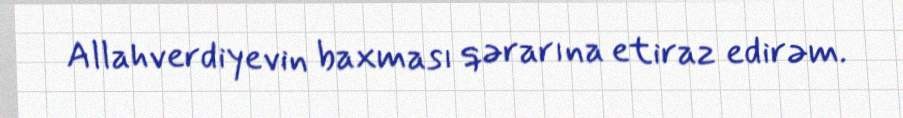
Allahverdiyevin baxması qərarına etiraz edirəm.